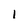
Character: 1